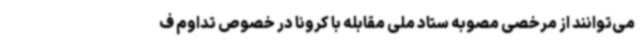
می‌توانند از مرخصی مصوبه ستاد ملی مقابله با کرونا در خصوص تداوم ف